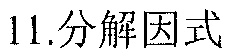
11.分解因式